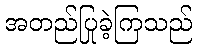
အတည်ပြုခဲ့ကြသည်